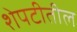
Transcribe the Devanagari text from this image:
शेपटीतील